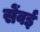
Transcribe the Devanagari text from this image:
सेंवई